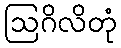
ဩဂိလိတုံ